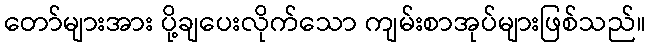
တော်များအား ပို့ချပေးလိုက်သော ကျမ်းစာအုပ်များဖြစ်သည်။